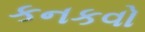
કનકવો